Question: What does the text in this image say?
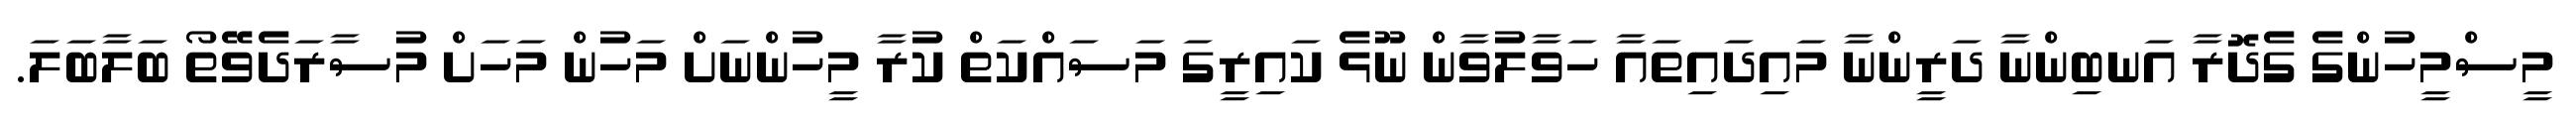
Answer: މީސްމީހުންގެ ގެދޮރާ އަނބިންނާ ދަރީންނާ މައިދައިތައާ ހަވާލުވާން ނޫޅެ ކައިރީގަ މަސައްކަތް ކުރާ މީހުންނަށް މަހުން މަހަށް މުސާރަދެވޭތޯ ބަލާބަލަ.